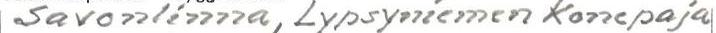
Savonlinna, Lypsyniemen Konepaja